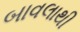
બાવલાથી